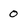
Character: 0